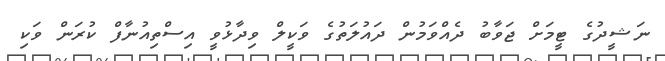
ނަޝީދުގެ ޓީމަށް ޖަވާބު ދެއްވަމުން ދައުލަތުގެ ވަކީލް ވިދާޅުވީ އިސްތިއުނާފް ކުރަން ވަކި